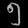
Digit: ၅